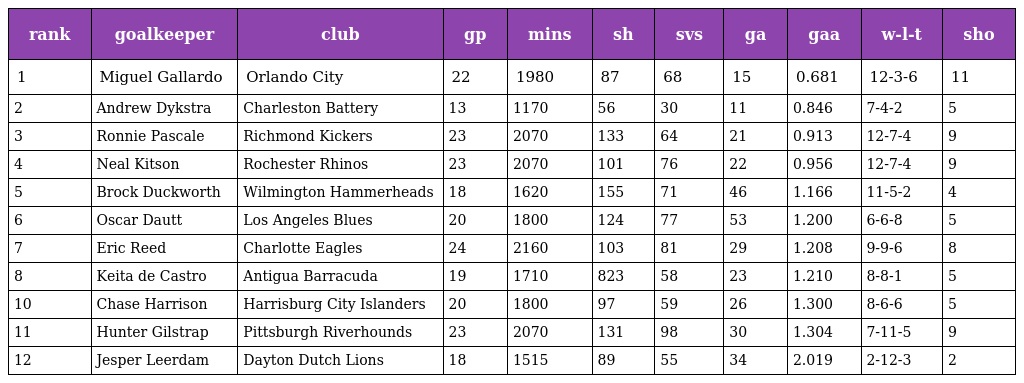
| rank | goalkeeper | club | gp | mins | sh | svs | ga | gaa | w-l-t | sho |
 | --- | --- | --- | --- | --- | --- | --- | --- | --- | --- | --- |
 | 1 | Miguel Gallardo | Orlando City | 22 | 1980 | 87 | 68 | 15 | 0.681 | 12-3-6 | 11 |
 | 2 | Andrew Dykstra | Charleston Battery | 13 | 1170 | 56 | 30 | 11 | 0.846 | 7-4-2 | 5 |
 | 3 | Ronnie Pascale | Richmond Kickers | 23 | 2070 | 133 | 64 | 21 | 0.913 | 12-7-4 | 9 |
 | 4 | Neal Kitson | Rochester Rhinos | 23 | 2070 | 101 | 76 | 22 | 0.956 | 12-7-4 | 9 |
 | 5 | Brock Duckworth | Wilmington Hammerheads | 18 | 1620 | 155 | 71 | 46 | 1.166 | 11-5-2 | 4 |
 | 6 | Oscar Dautt | Los Angeles Blues | 20 | 1800 | 124 | 77 | 53 | 1.200 | 6-6-8 | 5 |
 | 7 | Eric Reed | Charlotte Eagles | 24 | 2160 | 103 | 81 | 29 | 1.208 | 9-9-6 | 8 |
 | 8 | Keita de Castro | Antigua Barracuda | 19 | 1710 | 823 | 58 | 23 | 1.210 | 8-8-1 | 5 |
 | 10 | Chase Harrison | Harrisburg City Islanders | 20 | 1800 | 97 | 59 | 26 | 1.300 | 8-6-6 | 5 |
 | 11 | Hunter Gilstrap | Pittsburgh Riverhounds | 23 | 2070 | 131 | 98 | 30 | 1.304 | 7-11-5 | 9 |
 | 12 | Jesper Leerdam | Dayton Dutch Lions | 18 | 1515 | 89 | 55 | 34 | 2.019 | 2-12-3 | 2 |